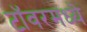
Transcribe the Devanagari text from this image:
टॉवरमध्ये